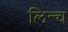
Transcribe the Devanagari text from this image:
लिन्च